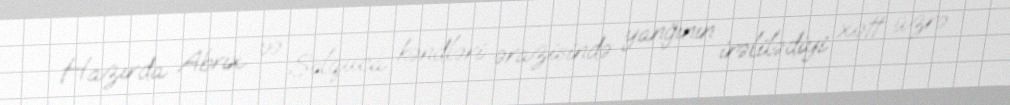
Hazırda Abrıx və Solquca kəndləri ərazisində yanğının irəlilədiyi xətt üzrə